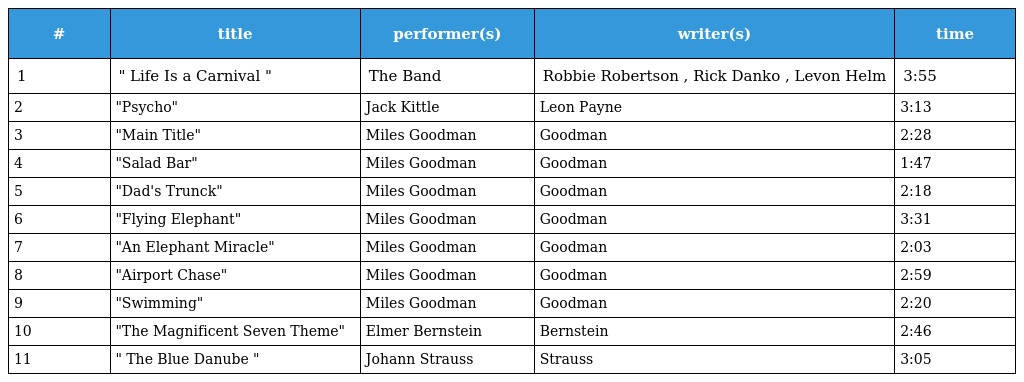
| # | title | performer(s) | writer(s) | time |
 | --- | --- | --- | --- | --- |
 | 1 | " Life Is a Carnival " | The Band | Robbie Robertson , Rick Danko , Levon Helm | 3:55 |
 | 2 | "Psycho" | Jack Kittle | Leon Payne | 3:13 |
 | 3 | "Main Title" | Miles Goodman | Goodman | 2:28 |
 | 4 | "Salad Bar" | Miles Goodman | Goodman | 1:47 |
 | 5 | "Dad's Trunck" | Miles Goodman | Goodman | 2:18 |
 | 6 | "Flying Elephant" | Miles Goodman | Goodman | 3:31 |
 | 7 | "An Elephant Miracle" | Miles Goodman | Goodman | 2:03 |
 | 8 | "Airport Chase" | Miles Goodman | Goodman | 2:59 |
 | 9 | "Swimming" | Miles Goodman | Goodman | 2:20 |
 | 10 | "The Magnificent Seven Theme" | Elmer Bernstein | Bernstein | 2:46 |
 | 11 | " The Blue Danube " | Johann Strauss | Strauss | 3:05 |